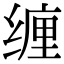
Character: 缠